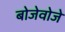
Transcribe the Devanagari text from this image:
बोजेवोजे